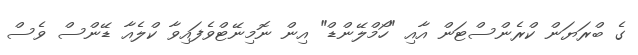
ގެ ބްރަޔަން ކްރެންސްޓަން އާއި "ހޯމްލޭންޑް" އިން ނޮމިނޭޓްވެފައިވާ ކްލެއާ ޑޭންސް ވެސް